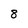
Character: 8